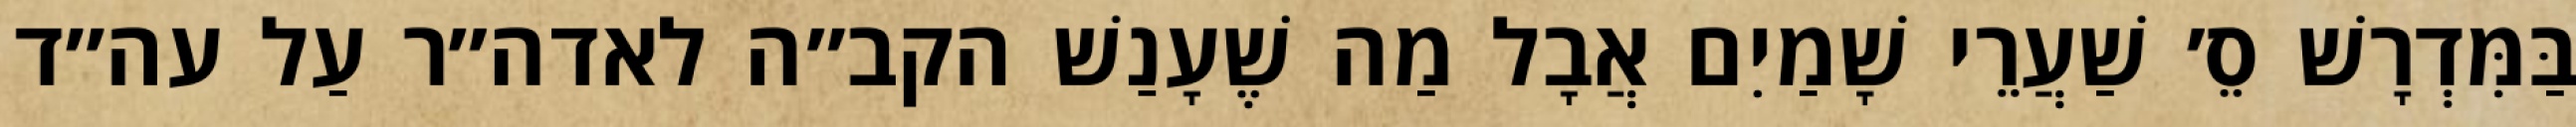
בַּמִּדְרָשׁ סֵ׳ שַׁעֲרֵי שָׁמַיִם אֲבָל מַה שֶׁעָנַשׁ הקב״ה לאדה״ר עַל עה״ד